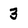
Character: 3